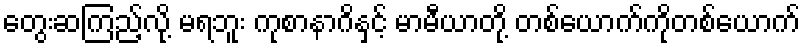
တွေးဆကြည့်လို့ မရဘူး ကုစာနာဂိနှင့် မာမီယာတို့ တစ်ယောက်ကိုတစ်ယောက်